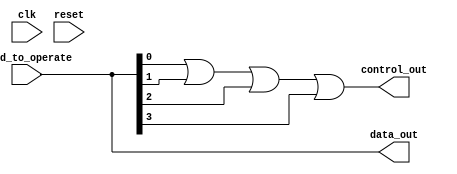

module Word_Managing #(

	parameter BUS_SIZE = 16,
	parameter WORD_SIZE = 4,

	parameter WORD_NUM = BUS_SIZE / WORD_SIZE
	)
    
    (
	input clk,
	input reset,
	input [WORD_SIZE-1:0] word_to_operate,
	output reg [WORD_SIZE-1:0] data_out,
    output reg control_out
    );

	always @(*) begin
        control_out = word_to_operate[0] | word_to_operate[1] | word_to_operate[2] | word_to_operate[3];
        data_out = word_to_operate;
    end

endmodule